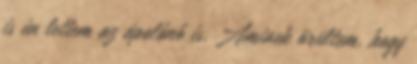
is én lettem az ápolónő is. Aminek örültem, hogy